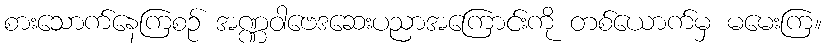
စားသောက်နေကြစဉ် အဏ္ဏဝါဗေဒဆေးပညာအကြောင်းကို တစ်ယောက်မှ မမေးကြ။